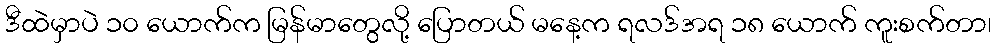
ဒီထဲမှာပဲ ၁၀ ယောက်က မြန်မာတွေလို့ ပြောတယ် မနေ့က ရလဒ်အရ ၁၈ ယောက် ကူးစက်တာ၊